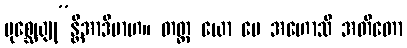
ပုစ္ဆေယျု”န္တိအာဒိမာဟ။ တတ္ထ ယော မေ အဟောသိ အတီတော